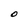
Character: O